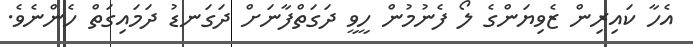
އެހާ ކައިރިން ޒެވިޔަންގެ ލޯ ފެނުމުން ހީވީ ދަގަތްފާނަށް ދަގަނޑު ދަމައިގަތް ހެންނެވެ.